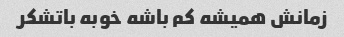
زمانش همیشه کم باشه خوبه باتشکر